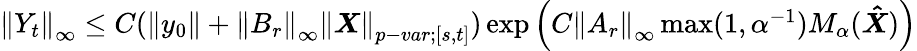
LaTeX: \begin{array}{r}{{\left\lVert{Y_{t}}\right\rVert}_{\infty}\leq C({\left\lVert{y_{0}}\right\rVert}+{\left\lVert{B_{r}}\right\rVert}_{\infty}{\left\lVert{\boldsymbol{X}}\right\rVert}_{p-var;[s,t]})\exp\left(C{\left\lVert{A_{r}}\right\rVert}_{\infty}\operatorname*{max}(1,\alpha^{-1})M_{\alpha}(\boldsymbol{\hat{X}})\right)}\end{array}